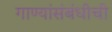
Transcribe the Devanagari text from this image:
गाण्यांसंबंधीची